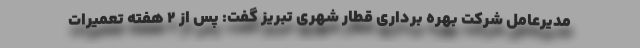
مدیرعامل شرکت بهره برداری قطار شهری تبریز گفت: پس از ۲ هفته تعمیرات